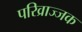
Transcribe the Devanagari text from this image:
परिव्राज्जक